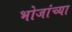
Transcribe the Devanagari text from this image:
भोजांच्या